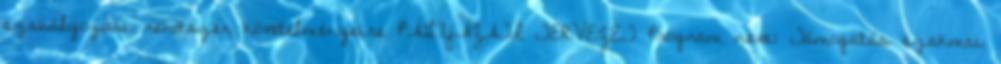
szabályozási rendszer követelményeire PÁLYÁZATI TERVEZET Program neve: Támogatás szakmai